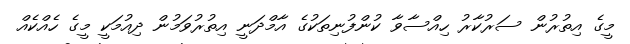
މީގެ އިތުރުން ސަރުކާރު ހިއްސާވާ ކުންފުނިތަކުގެ އާމްދަނީ އިތުރުވަމުން ދިއުމަކީ މީގެ ހެއްކެއް